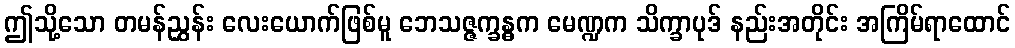
ဤသို့သော တမန်ညွှန်း လေးယောက်ဖြစ်မူ ဘေသဇ္ဇက္ခန္ဓက မေဏ္ဍက သိက္ခာပုဒ် နည်းအတိုင်း အကြိမ်ရာထောင်